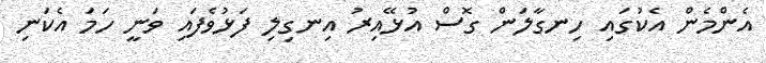
އެންމެން އެކުގައި ހިނގާލަން ގޮސް އުޅޭއިރު އިނގިލި ފަޅުވެފައި ވަނީ ހަމަ އެކަނި